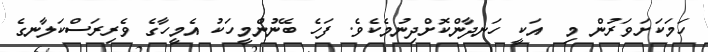
ހަމަކަށަވަރުން މި  އަކީ ހަނދާންކޮށްދިނުމެކެވެ. ފަހެ ބޭނުންމީހަކު އެމީހާގެ ވެރިރަސްކަލާނގެ